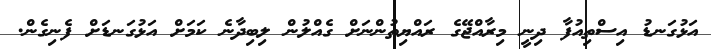
އަޅުގަނޑު އިސްތިއުފާ ދިނީ މިރާއްޖޭގެ ރައްޔިތުންނަށް ގެއްލުން ލިބިދާނެ ކަމަށް އަޅުގަނޑަށް ފެނިގެން.